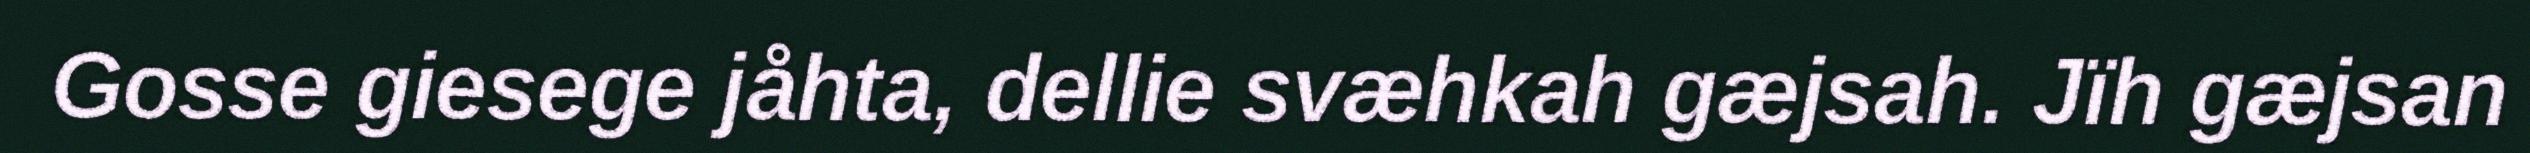
Gosse giesege jåhta, dellie svæhkah gæjsah. Jïh gæjsan